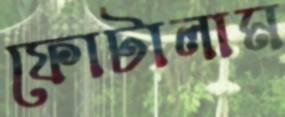
ফোটালাম